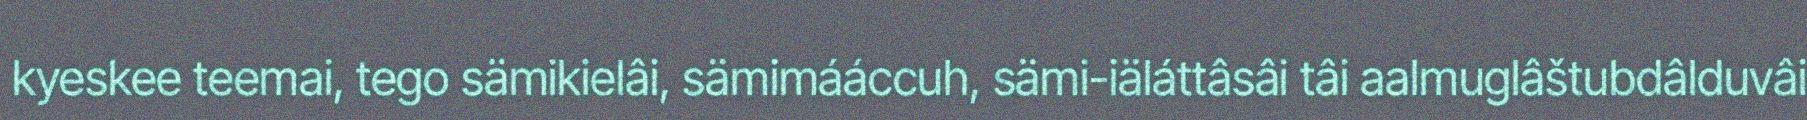
kyeskee teemai, tego sämikielâi, sämimááccuh, sämi-iäláttâsâi tâi aalmuglâštubdâlduvâi